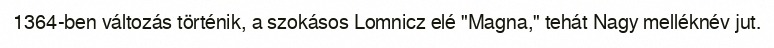
1364-ben változás történik, a szokásos Lomnicz elé "Magna," tehát Nagy melléknév jut.